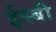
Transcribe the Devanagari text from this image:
ईस्बी